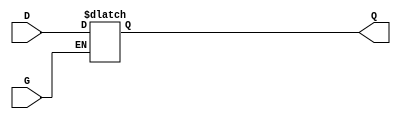
// This program was cloned from: https://github.com/steveicarus/ivtest
// License: GNU General Public License v2.0

`timescale  100 ps / 10 ps

(* ivl_synthesis_cell *)
module LD (Q, D, G);

   output    Q;
   reg	     q_out;

   input     D, G;

   buf b1 (Q, q_out);

   always @(D or G) if (G) q_out <= D;

endmodule